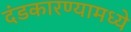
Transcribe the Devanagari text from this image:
दंडकारण्यामध्ये